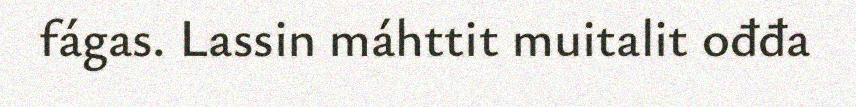
fágas. Lassin máhttit muitalit ođđa